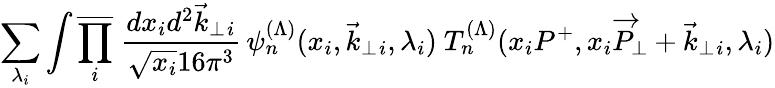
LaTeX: \sum_{\lambda_{i}}\int\overline{{{\prod_{i}}}}\ {\frac{dx_{i}d^{2}\vec{k}_{\perp}{}_{i}}{\sqrt{x_{i}}16\pi^{3}}}\, \psi_{n}^{(\Lambda)}(x_{i},\vec{k}_{\perp}{}_{i},\lambda_{i})\ T_{n}^{(\Lambda)}(x_{i}P^{+},x_{i}\overrightarrow P_{\perp}+\vec{k}_{\perp}{}_{i},\lambda_{i})